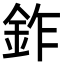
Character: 鈼